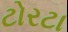
ટોરટા